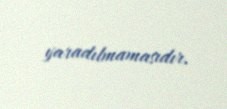
yaradılmamasıdır.